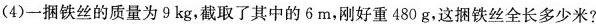
(4)一捆铁丝的质量为9kg，截取了其中的6m，刚好重480g。这捆铁丝全长多少米?